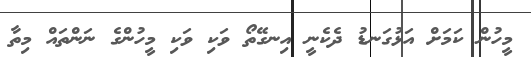
މީހުން ކަމަށް އަޅުގަނޑު ދެކެނީ އިނގޭތޯ ވަކި ވަކި މީހުންގެ ނަންތައް މިތާ